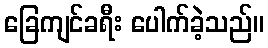
ခြေကျင်ခရီး ပေါက်ခဲ့သည်။